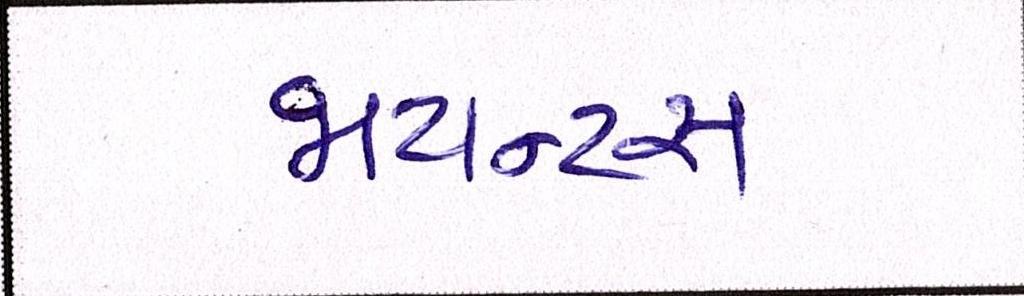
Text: જાયન્ટસ